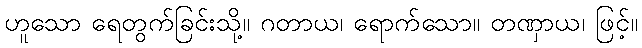
ဟူသော ရေတွက်ခြင်းသို့။ ဂတာယ၊ ရောက်သော။ တဏှာယ၊ ဖြင့်။